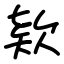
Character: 欵